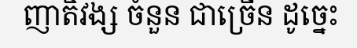
ញាតិវង្ស ចំនួន ជាច្រើន ដូច្នេះ